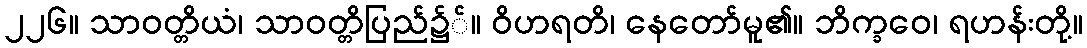
၂၂၆။ သာဝတ္တိယံ၊ သာဝတ္တိပြည်၌်။ ဝိဟရတိ၊ နေတော်မူ၏။ ဘိက္ခဝေ၊ ရဟန်းတို့။